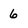
Character: 6